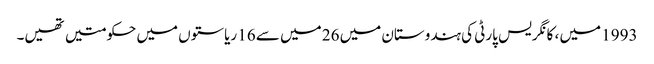
1993 میں ، کانگریس پارٹی کی ہندوستان میں 26 میں سے 16 ریاستوں میں حکومتیں تھیں۔